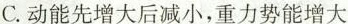
C.动能先增大后减小，重力势能增大